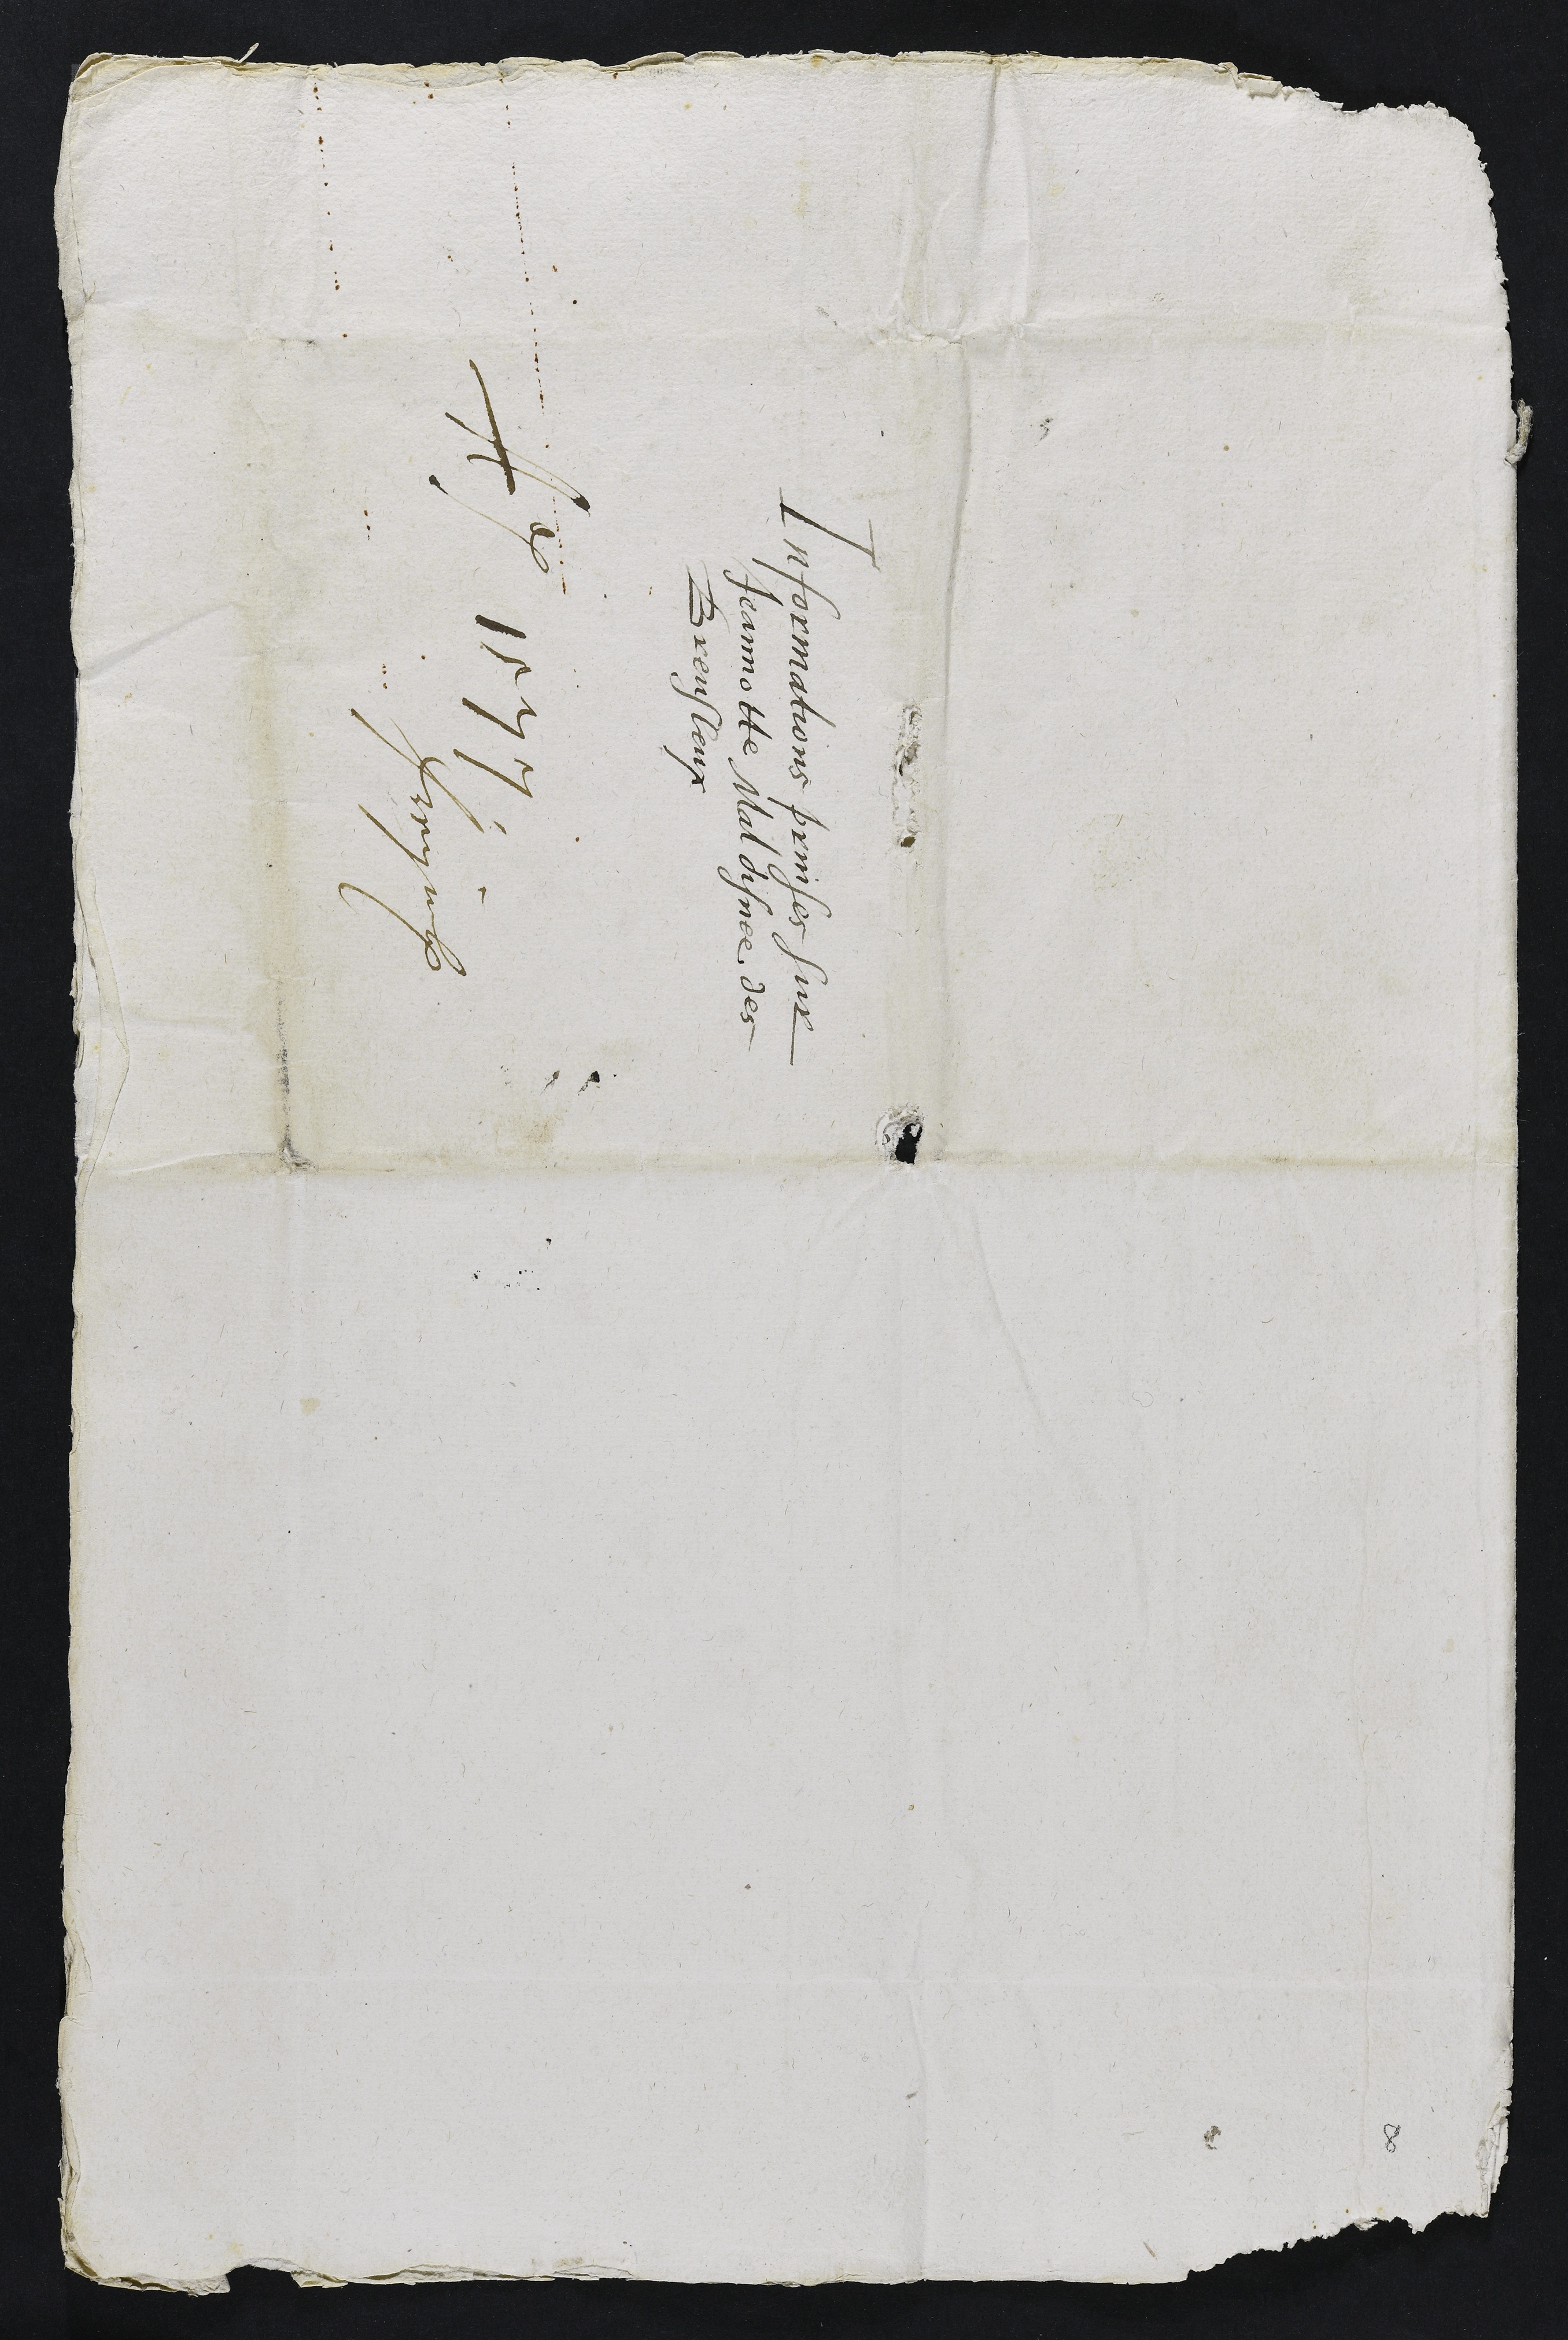
Informations prinses sur
Jeannotte Maldisnee, des
Breusleux
Anno 1577
Freyenberg